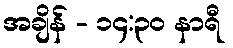
အချိန် - ၁၄:၃၀ နာရီ